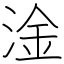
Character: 淦